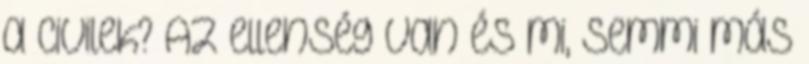
a civilek? Az ellenség van és mi, semmi más